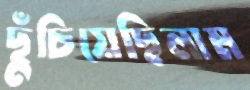
ছুঁচিয়েছিলাম